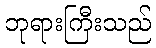
ဘုရားကြီးသည်